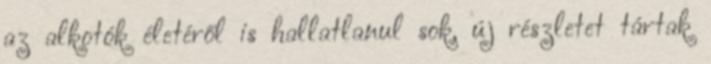
az alkotók életéről is hallatlanul sok, új részletet tártak